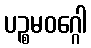
ပဉ္စမဝဂ္ဂေါ